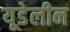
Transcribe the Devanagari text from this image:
यूडेलीन